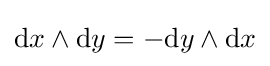
{\text{d}}x\wedge {\text{d}}y=-{\text{d}}y\wedge {\text{d}}x